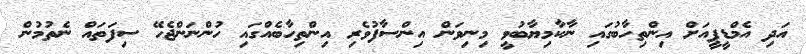
އަދި އެމްޑީޕީއަށް އިންތިހާބުގައި ނާކާމިޔާބުވީ މިނިވަން އިންސާފުވެރި އިންތިހާބެއްގައި ހުންނަންޖެހޭ ސިފަތައް ނެތުމުން